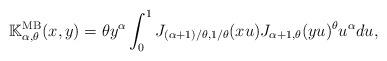
LaTeX: \begin{align*}\mathbb{K}_{\alpha,\theta}^{\textrm{MB}}(x,y) = \theta y ^\alpha \int_0^1 J_{(\alpha+1)/\theta, 1/\theta}(xu) J_{\alpha+1,\theta}(yu)^{\theta} u^\alpha du,\end{align*}